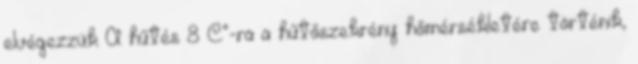
elvégezzük A hűtés 8 C˚-ra a hűtőszekrény hőmérsékletére történik,